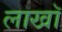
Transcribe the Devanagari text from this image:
लाखॉ